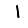
Digit: 1